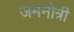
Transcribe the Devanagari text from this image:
जमनोत्री